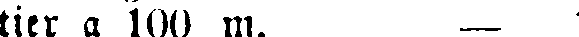
tier a 100 m. — I